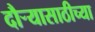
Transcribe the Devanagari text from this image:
दौऱ्यासाठीच्या